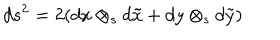
d s ^ { 2 } = 2 ( d x \otimes _ { s } d \tilde { x } + d y \otimes _ { s } d \tilde { y } )